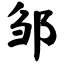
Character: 邹